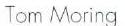
Tom Moring